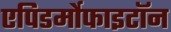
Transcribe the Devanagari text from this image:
एपिडर्मोफाइटॉन